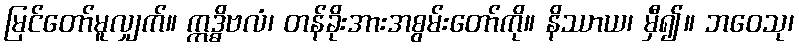
မြင်တော်မူလျှက်။ ဣဒ္ဓိဗလံ၊ တန်ခိုးအားအစွမ်းတော်ကို။ နိဿာယ၊ မှီ၍။ ဘဝေသု၊